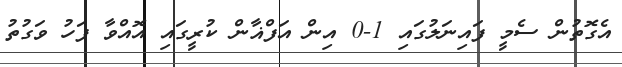
އެގޮތުން ސެމީ ފައިނަލުގައި 1-0 އިން އަފްޣާން ކުރީގައި އޮއްވާ ފަހު ވަގުތު